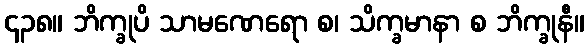
၄၃၈။ ဘိက္ခုပိ သာမဏေရော စ၊ သိက္ခမာနာ စ ဘိက္ခုနီ။